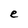
Character: e